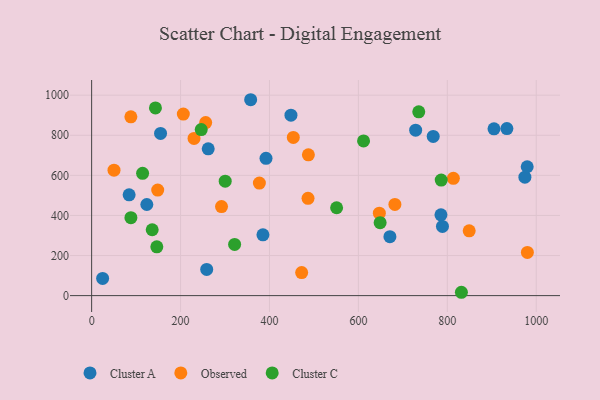
{"axis": {"x": "Speed", "y": "Rating"}, "legend": ["Cluster A", "Cluster C", "Observed"], "data": [{"x": "84.3", "y": 502.7, "type": "Cluster A"}, {"x": "785.7", "y": 403.2, "type": "Cluster A"}, {"x": "385.3", "y": 303.4, "type": "Cluster A"}, {"x": "24.7", "y": 85.7, "type": "Cluster A"}, {"x": "262.2", "y": 732.6, "type": "Cluster A"}, {"x": "728.8", "y": 825.5, "type": "Cluster A"}, {"x": "357.7", "y": 977.4, "type": "Cluster A"}, {"x": "124.1", "y": 454.6, "type": "Cluster A"}, {"x": "768.3", "y": 794.3, "type": "Cluster A"}, {"x": "789.1", "y": 345.2, "type": "Cluster A"}, {"x": "905.0", "y": 832.4, "type": "Cluster A"}, {"x": "155.0", "y": 809.3, "type": "Cluster A"}, {"x": "258.8", "y": 130.8, "type": "Cluster A"}, {"x": "974.5", "y": 590.9, "type": "Cluster A"}, {"x": "934.0", "y": 833.7, "type": "Cluster A"}, {"x": "392.2", "y": 685.1, "type": "Cluster A"}, {"x": "448.3", "y": 900.1, "type": "Cluster A"}, {"x": "979.7", "y": 643.0, "type": "Cluster A"}, {"x": "670.9", "y": 294.3, "type": "Cluster A"}, {"x": "256.5", "y": 863.6, "type": "Observed"}, {"x": "292.1", "y": 444.2, "type": "Observed"}, {"x": "486.7", "y": 485.6, "type": "Observed"}, {"x": "377.3", "y": 561.7, "type": "Observed"}, {"x": "472.4", "y": 115.1, "type": "Observed"}, {"x": "50.3", "y": 625.7, "type": "Observed"}, {"x": "647.1", "y": 411.4, "type": "Observed"}, {"x": "148.6", "y": 526.6, "type": "Observed"}, {"x": "453.6", "y": 789.2, "type": "Observed"}, {"x": "813.6", "y": 585.3, "type": "Observed"}, {"x": "88.2", "y": 892.2, "type": "Observed"}, {"x": "206.2", "y": 905.6, "type": "Observed"}, {"x": "487.5", "y": 702.7, "type": "Observed"}, {"x": "230.3", "y": 784.4, "type": "Observed"}, {"x": "849.2", "y": 323.1, "type": "Observed"}, {"x": "980.1", "y": 215.4, "type": "Observed"}, {"x": "682.1", "y": 454.9, "type": "Observed"}, {"x": "146.6", "y": 243.6, "type": "Cluster C"}, {"x": "786.3", "y": 576.5, "type": "Cluster C"}, {"x": "321.6", "y": 255.2, "type": "Cluster C"}, {"x": "611.6", "y": 771.7, "type": "Cluster C"}, {"x": "143.5", "y": 936.4, "type": "Cluster C"}, {"x": "246.5", "y": 828.6, "type": "Cluster C"}, {"x": "300.4", "y": 570.9, "type": "Cluster C"}, {"x": "735.8", "y": 916.8, "type": "Cluster C"}, {"x": "88.3", "y": 388.7, "type": "Cluster C"}, {"x": "831.7", "y": 16.7, "type": "Cluster C"}, {"x": "136.2", "y": 328.6, "type": "Cluster C"}, {"x": "551.0", "y": 438.4, "type": "Cluster C"}, {"x": "648.9", "y": 364.2, "type": "Cluster C"}, {"x": "114.6", "y": 610.4, "type": "Cluster C"}]}